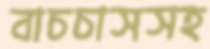
বাচচাসসহ